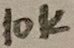
Text: 10K